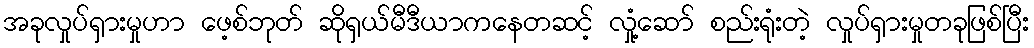
အခုလှုပ်ရှားမှုဟာ ဖေ့စ်ဘုတ် ဆိုရှယ်မီဒီယာကနေတဆင့် လှုံ့ဆော် စည်းရုံးတဲ့ လှုပ်ရှားမှုတခုဖြစ်ပြီး